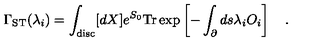
\Gamma _ { \mathrm { S T } } ( \lambda _ { i } ) = \int _ { \mathrm { d i s c } } [ d X ] e ^ { S _ { 0 } } \mathrm { T r } \exp \left[ - \int _ { \partial } d s \lambda _ { i } O _ { i } \right] \quad .